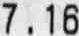
7.16